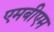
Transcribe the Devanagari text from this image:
एमबीएम